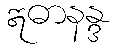
ဣဓာနန္ဒ